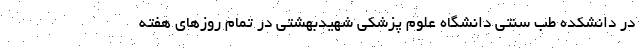
در دانشکده طب سنتی دانشگاه علوم پزشکی شهیدبهشتی در تمام روزهای هفته